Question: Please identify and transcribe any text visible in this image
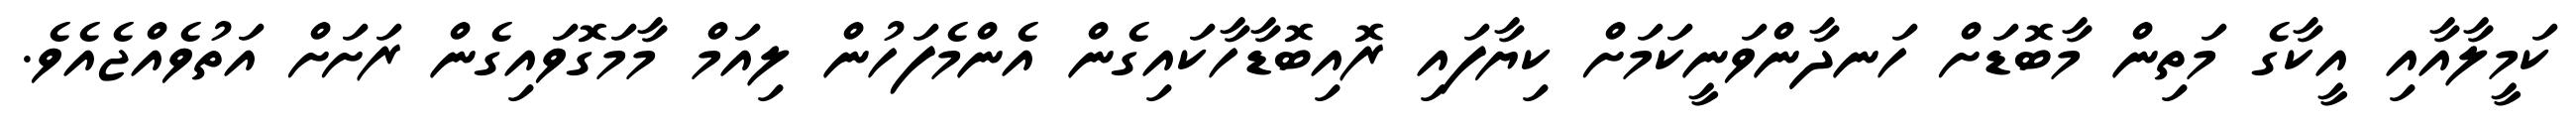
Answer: ކަމީލާއާއި އީކާގެ މަތިން މާބޮޑަށް ހަނދާންވަނީކަމަށް ކިޔާފައި ރޮއިބޮޑާހާކައިގެން އެންމެފަހުން ލިއަމް މާމަގޮވައިގެން ރަށަށް އަތުވެއްޖެއެވެ.